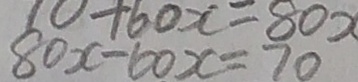
8 0 x - 6 0 x = 7 0